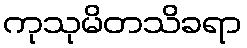
ကုသုမိတသိခရာ